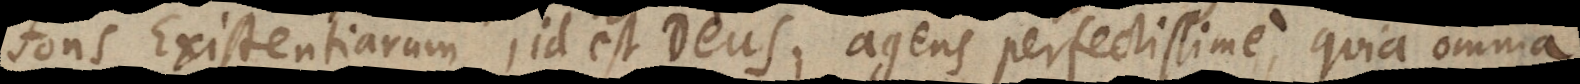
fons Existentiarum, id est Deus, agens perfectissime, quia omn